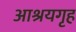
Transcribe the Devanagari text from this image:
आश्रयगृह